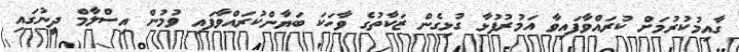
ގާއިމުކުރުމަށް ކުރައްވާފައިވާ އަމުރުފުޅާ ގުޅިގެން ޒަކާތުގެ ވާހަކަ ބަޔާންކުރައްވާފައި ވުމުން އިސްލާމް ދީނުގައި